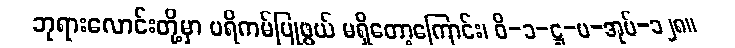
ဘုရားလောင်းတို့မှာ ပရိကမ်ပြုဖွယ် မရှိတော့ကြောင်း၊ ဝိ-၁-ဋ္ဌ-ပ-အုပ်-၁၂၈။